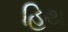
હિથ